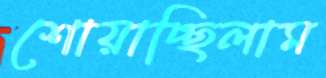
শোয়াচ্ছিলাম